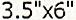
3.5"X6"